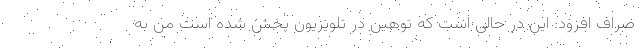
صراف افزود: این در حالی است که توهین در تلویزیون پخش شده است من به